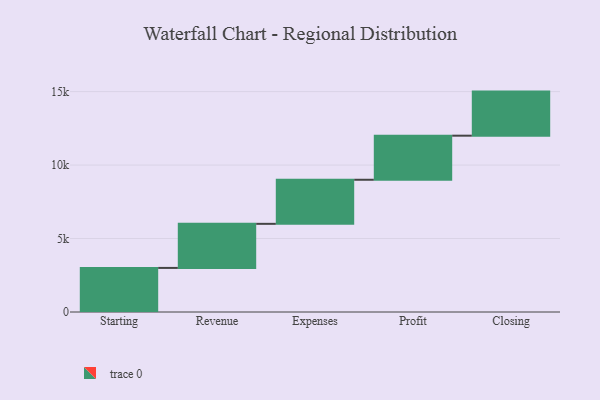
{"axis": {"x": "Step", "y": "Value"}, "legend": [""], "data": [{"x": "Starting", "y": 3000, "type": ""}, {"x": "Revenue", "y": 3000, "type": ""}, {"x": "Expenses", "y": 3000, "type": ""}, {"x": "Profit", "y": 3000, "type": ""}, {"x": "Closing", "y": 3000, "type": ""}]}